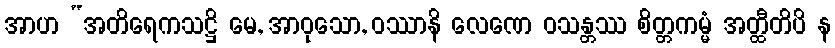
အာဟ “အတိရေကသဋ္ဌိ မေ, အာဝုသော, ဝဿာနိ လေဏေ ဝသန္တဿ စိတ္တကမ္မံ အတ္ထီတိပိ န